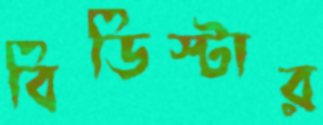
বিডিস্টার